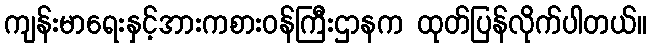
ကျန်းမာရေးနှင့်အားကစားဝန်ကြီးဌာနက ထုတ်ပြန်လိုက်ပါတယ်။